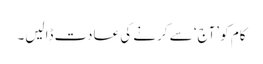
کام کو ’آج‘ سے کرنے کی عادت ڈالیں۔